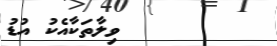
٢٥        ވިލާތަކާއެކު އުޑު